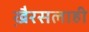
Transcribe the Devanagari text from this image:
खै़रसलाही